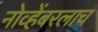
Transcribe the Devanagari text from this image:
नोव्हेंबरलाच